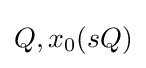
Q,x_{0}(sQ)